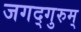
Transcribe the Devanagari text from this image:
जगद्गुरुम्